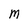
Character: M